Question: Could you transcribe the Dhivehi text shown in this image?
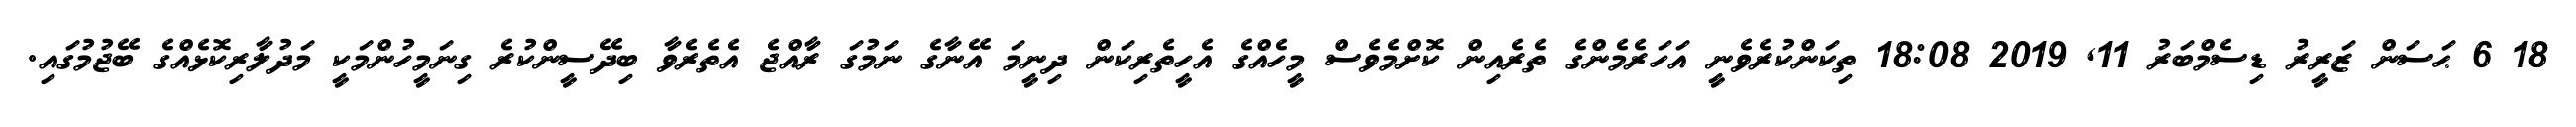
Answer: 18 6 ޙަސަން ޒަރީރު ޑިސެމްބަރު 11, 2019 18:08 ތިކަންކުރެވެނީ އަހަރެމެންގެ ތެރެއިން ކޮށްމެވެސް މީހެއްގެ އެހީތެރިކަން ދިނީމަ އޭނާގެ ނަމުގަ ރާއްޖެ އެތެރެވާ ބިދޭސީންކުރެ ގިނަމީހުންމަކީ މަދުލާރިކޮޅެއްގެ ބޭޖުމުގައި.